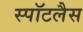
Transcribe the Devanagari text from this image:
स्पॉटलैस